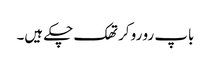
باپ رو رو کر تھک چکے ہیں۔